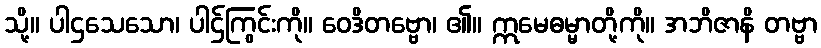
သို့။ ပါဌသေသော၊ ပါဌ်ကြွင်းကို။ ဝေဒိတဗ္ဗော၊ ၏။ ဣမေဓမ္မာတို့ကို။ အဘိဇာနိ တဗ္ဗာ